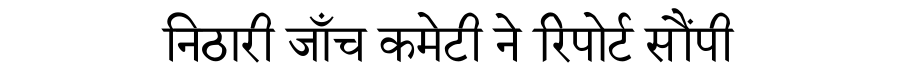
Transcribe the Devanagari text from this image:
निठारी जाँच कमेटी ने रिपोर्ट सौंपी